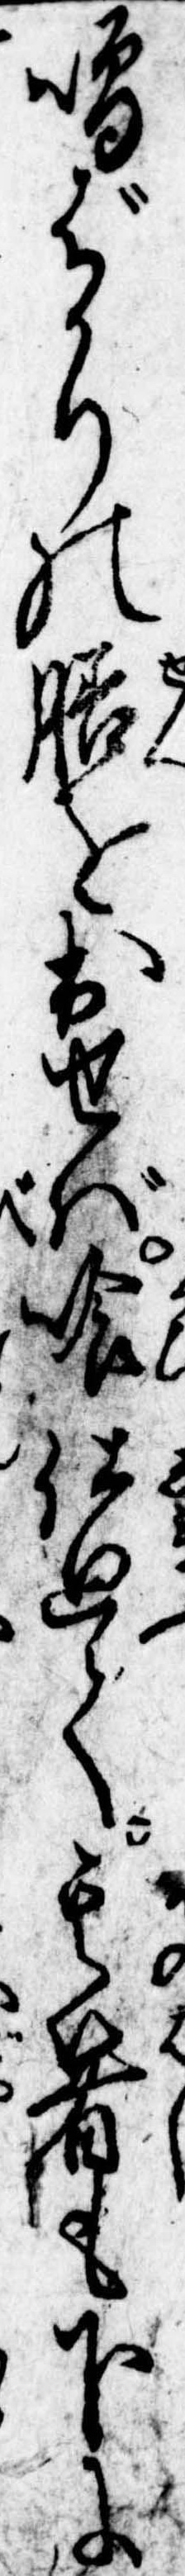
噌ばかりの膳を出せば喰仕廻て其箸も下に